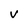
Character: V